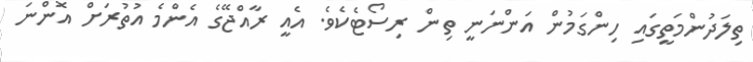
ތިލަދުންމަތީގައި ހިންގަމުން އަންނަނީ ތިން ރިސޯޓެކެވެ. އެއީ ރާއްޖޭގެ އެންމެ އުތުރަށް އޮންނަ